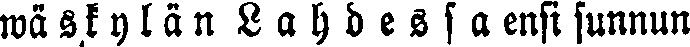
wäskylän Lahdessa ensi sunnun